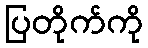
ပြတိုက်ကို